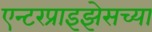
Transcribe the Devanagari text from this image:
एन्टरप्राइझेसच्या